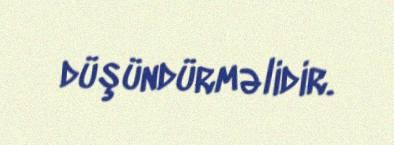
düşündürməlidir.